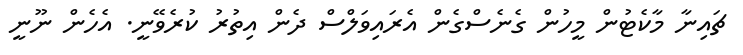
ޗައިނާ މާކެޓުން މީހުން ގެނެސްގެން އެރައިވަލްސް ދެން އިތުރު ކުރެވޭނީ. އެހެން ނޫނީ